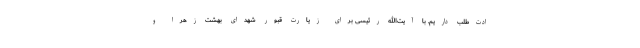
ادت‌طلب داریم. با آیت‌الله رئیسی برای زیارت قبور شهدای بهشت زهرا و